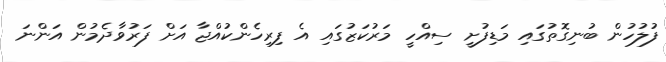
ފުލުހުން ބުނިގޮތުގައި މަޑިފުށީ ސިއްހީ މަރުކަޒުގައި އެ ފިރިހެންކުއްޖާ އަށް ފަރުވާދެމުން އަންނަ